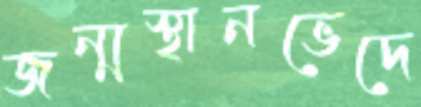
জন্মস্থানভেদে